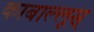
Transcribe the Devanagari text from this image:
काबाल्लूस्